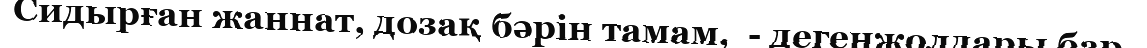
Сидырған жаннат, дозақ бәрін тамам,  - дегенжолдары бар.